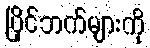
ပြိုင်ဘက်များကို